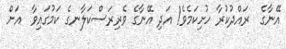
އޭނާގެ  ރައްދުކުރާ ހުށިކަމެވެ! އަދި އޭނާގެ ވެރިރަސްކަލާނގެ ކަމުގައިވާ  އަށް